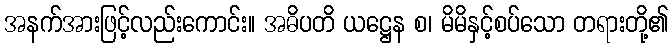
အနက်အားဖြင့်လည်းကောင်း။ အဓိပတိ ယဋ္ဌေန စ၊ မိမိနှင့်စပ်သော တရားတို့၏